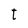
Character: t